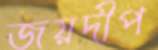
জয়দীপ